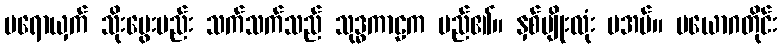
မရောယှက် သိုးမွေးမည်း သက်သက်သည် သုဒ္ဓကာဠက မည်၏။ နှစ်မျိုးလုံး မအပ်။ ပယောဂတိုင်း